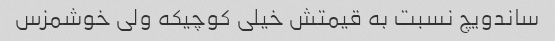
ساندویچ نسبت به قیمتش خیلی کوچیکه ولی خوشمزس